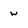
Character: w